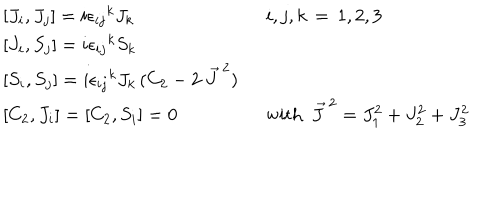
LaTeX: \begin{array} { l l } { { { [ } J _ { i } , J _ { j } ] = i { \epsilon _ { i j } } ^ { k } J _ { k } } } & { { i , j , k \, = \, 1 , 2 , 3 } } \\ { { { [ } J _ { i } , S _ { j } ] = i { \epsilon _ { i j } } ^ { k } S _ { k } } } & { { } } \\ { { { [ } S _ { i } , S _ { j } ] = i { \epsilon _ { i j } } ^ { k } J _ { k } \, ( C _ { 2 } - 2 \ { \vec { J } \, } ^ { 2 } ) \ \ } } & { { } } \\ { { { [ } C _ { 2 } , J _ { i } ] = [ C _ { 2 } , S _ { i } ] = 0 } } & { { \mathrm { w i t h ~ } \ { \vec { J } \, } ^ { 2 } = J _ { 1 } ^ { 2 } + J _ { 2 } ^ { 2 } + J _ { 3 } ^ { 2 } } } \\ \end{array}